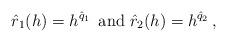
LaTeX: \begin{align*} \hat{r}_1(h) = h^{\hat q_1} \,\mbox{ and } \hat{r}_2(h) = h^{\hat q_2} \,,\end{align*}